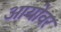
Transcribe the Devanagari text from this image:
आयोवर